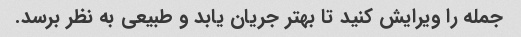
جمله را ویرایش کنید تا بهتر جریان یابد و طبیعی به نظر برسد.